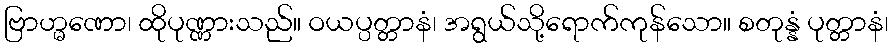
ဗြာဟ္မဏော၊ ထိုပုဏ္ဏားသည်။ ဝယပ္ပတ္တာနံ၊ အရွယ်သို့ရောက်ကုန်သော။ စတုန္နံ ပုတ္တာနံ၊